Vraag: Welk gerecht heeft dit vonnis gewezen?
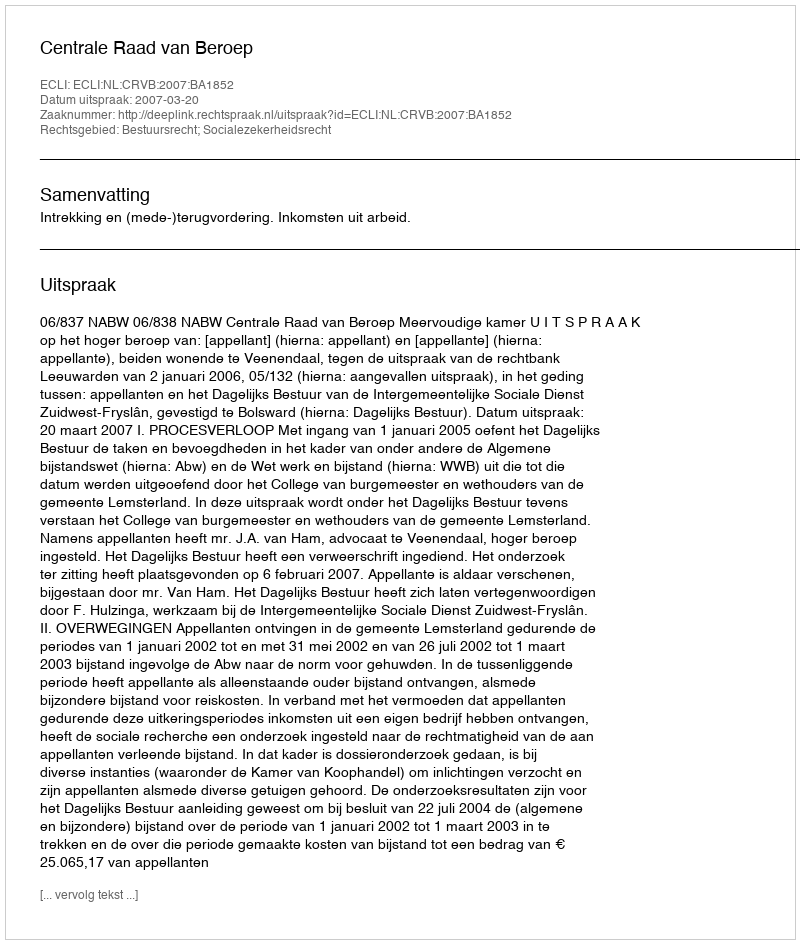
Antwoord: Centrale Raad van Beroep